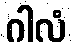
ဂါလံ